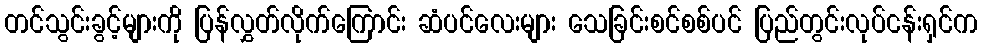
တင်သွင်းခွင့်များကို ပြန်လွှတ်လိုက်ကြောင်း ဆံပင်လေးများ သေခြင်းစင်စစ်ပင် ပြည်တွင်းလုပ်ငန်းရှင်က